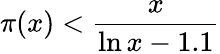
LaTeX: \pi(x)<{\frac{x}{\ln x-1.1}}